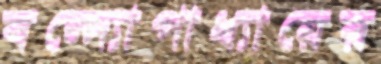
বন্দ্যোপাধ্যায়ের